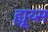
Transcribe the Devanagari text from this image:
ह्यूय्स